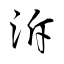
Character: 泝